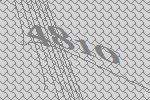
4810